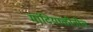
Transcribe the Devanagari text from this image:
मांदियाळीतील